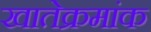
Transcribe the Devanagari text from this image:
खातेक्रमांक